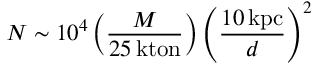
N \sim 1 0 ^ { 4 } \left( { \frac { M } { 2 5 \, \mathrm { k t o n } } } \right) \left( { \frac { 1 0 \, \mathrm { k p c } } { d } } \right) ^ { 2 }